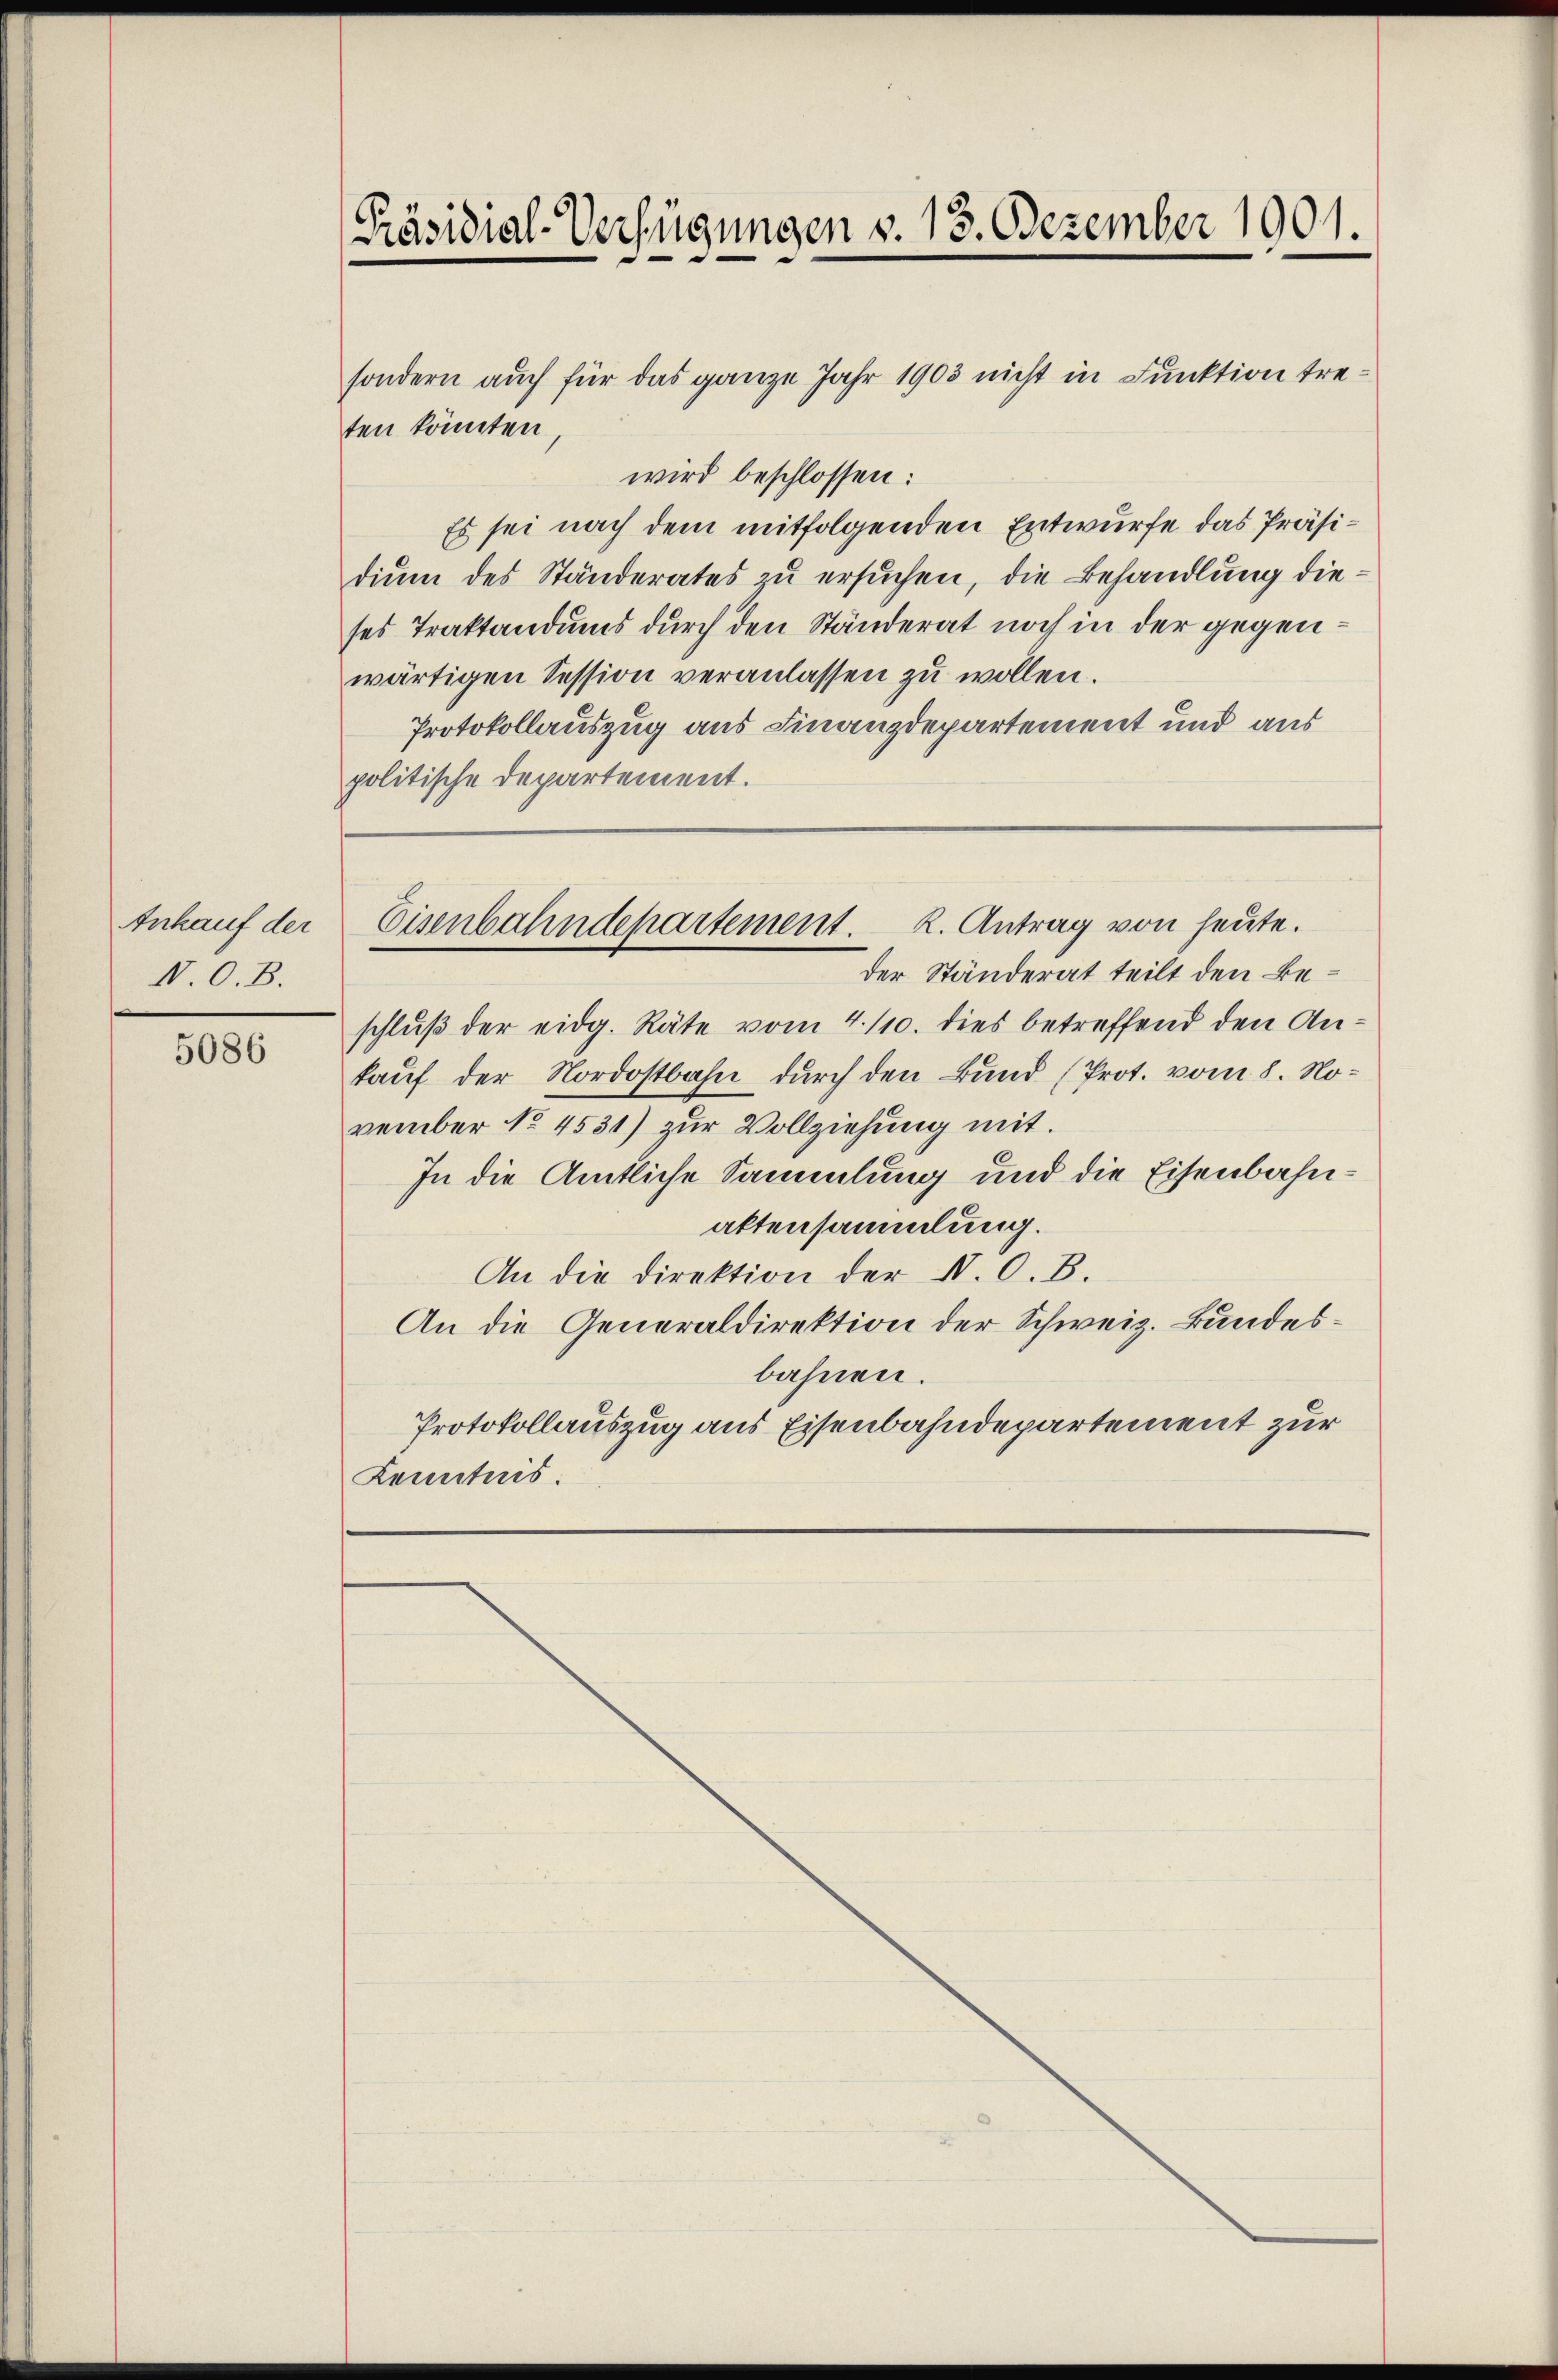
Ankauf der
N. O. B.

5086

sondern auch für das ganze Jahr 1903 nicht in Funktion treten könnten,
wird beschlossen:
Es sei nach dem mitfolgenden Entwurfe das Präsidium des Ständerates zu ersuchen, die Behandlung dieses Traktandums durch den Ständerat noch in der gegenwärtigen Session veranlassen zu wollen.
Protokollauszug aus Finanzdepartement und aus
politische Departement.

[Präsidial-Verfügungen v. 13. Dezember 1901.

Eisenbahndepartement. K. Antrag von heute.

der Ständerat teilt den Beschluß der eidg. Räte vom 4./10. dies betreffend den Ankauf der Nordostbahn durch den Bund (Prot. vom 8. November No. 4531) zur Vollziehung mit.
In die Amtliche Sammlung und die Eisenbahnattensammlung.
An die Direktion der N. O. B.
An die Generaldirektion der Schweiz. Bundesbahnen.
Protokollauszug aus Eisenbahndepartement zur
Kenntnis.